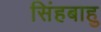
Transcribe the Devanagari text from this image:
सिंहबाहु